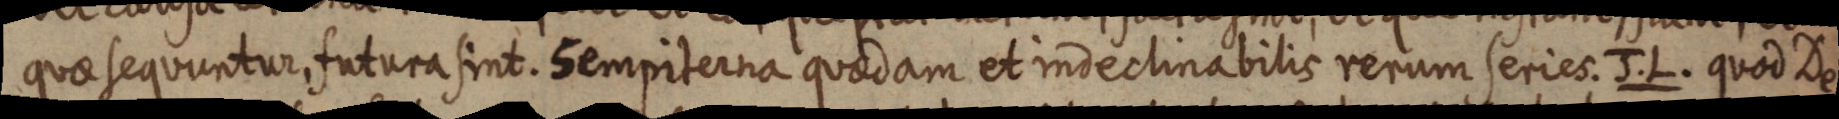
quae sequuntur, futura sint. sempiterna quaedam et indeclinabilis rerum series. J. L. quod De